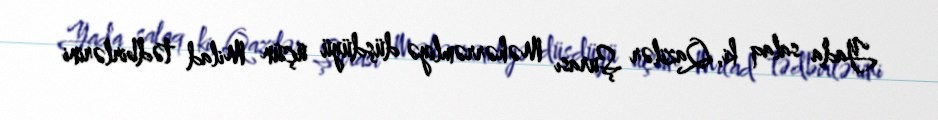
Yada salaq ki, Qazilər Şurası Məhərrəmliyə düşdüyü üçün Milad tədbirlərini